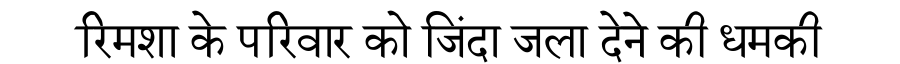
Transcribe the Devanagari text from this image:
रिमशा के परिवार को जिंदा जला देने की धमकी